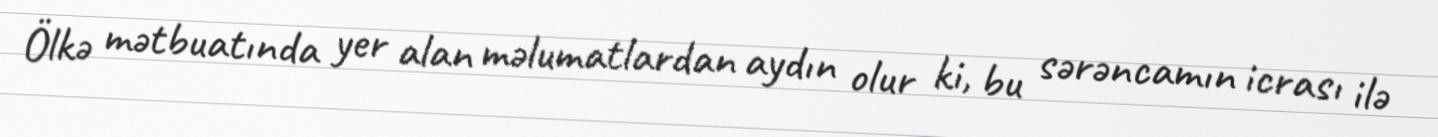
Ölkə mətbuatında yer alan məlumatlardan aydın olur ki, bu sərəncamın icrası ilə